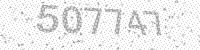
Solution: 507747